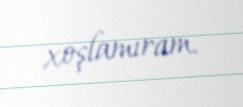
xoşlamıram.